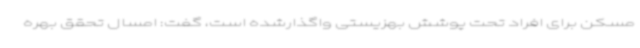
مسکن برای افراد تحت پوشش بهزیستی واگذارشده است، گفت: امسال تحقق بهره